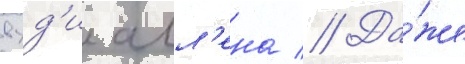
вуд'и алл'ена // Да́же